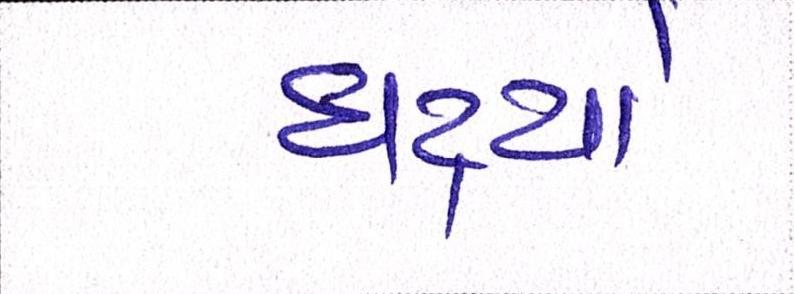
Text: ઘટ્યો